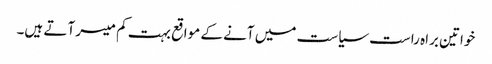
خواتین براہ راست سیاست میں آنے کے مواقع بہت کم میسر آتے ہیں۔